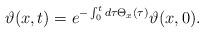
LaTeX: \begin{align*} \vartheta(x,t) = e^{-\int_0^t d\tau \Theta_x(\tau)}\vartheta(x,0).\end{align*}